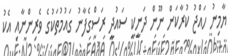
ޔާމިނު ހައްޖު ކުރާކަން ނޫން ދަނީކީ ސައުދީ ރަސްގެފާނު ގައުމުތަކުގެ ވެރިންނާއި އެކު